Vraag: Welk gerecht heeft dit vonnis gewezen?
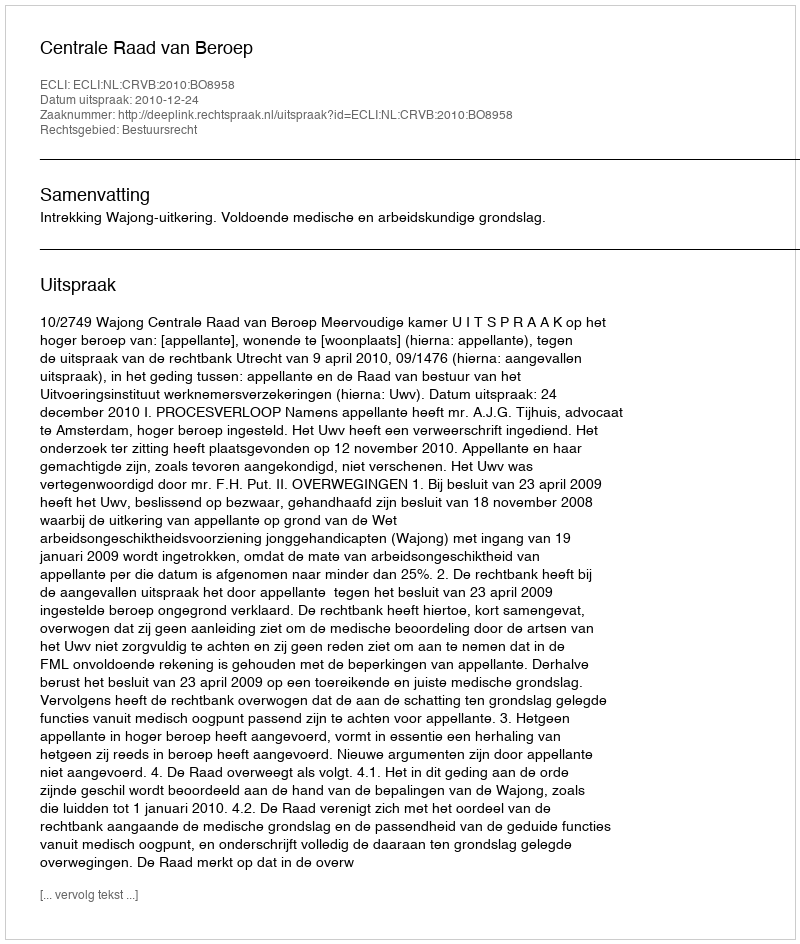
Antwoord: Centrale Raad van Beroep